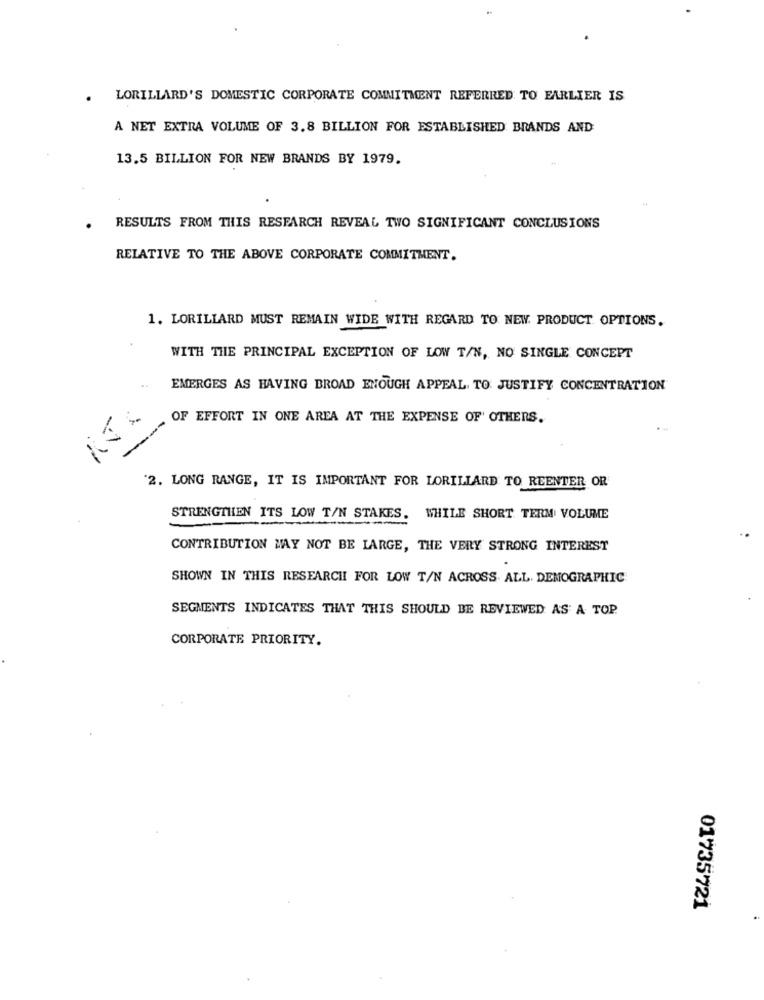
LORILLARD'S DOMESTIC CORPORATE COMMITMENT REFERRED TO EARLIER IS
A NET EXTRA VOLUME OF 3.8 BILLION FOR ESTABLISHED BRANDS AND
13.5 BILLION FOR NEW BRANDS BY 1979.
RESULTS FROM THIS RESEARCH REVEAL TWO SIGNIFICANT CONCLUSIONS
RELATIVE TO THE ABOVE CORPORATE COMMITMENT.
1. LORILLARD MUST REMAIN WIDE WITH REGARD TO NEW. PRODUCT OPTIONS.
WITH THE PRINCIPAL EXCEPTION OF LOW T/N, NO SINGLE CONCEPT
EMERGES AS HAVING BROAD ENOUGH APPEAL. TO JUSTIFY CONCENTRATION
---
OF EFFORT IN ONE AREA AT THE EXPENSE OF' OTHERS.
2. LONG RANGE, IT IS IMPORTANT FOR LORILLARD TO REENTER OR
STRENGTHEN ITS LOW T/N STAKES.
WHILE SHORT TERM VOLUME
CONTRIBUTION MAY NOT BE LARGE, THE VERY STRONG INTEREST
SHOWN IN THIS RESEARCH FOR LOW T/N ACROSS. ALL. DEMOGRAPHIC
SEGMENTS INDICATES THAT THIS SHOULD BE REVIEWED AS A TOP
CORPORATE PRIORITY.
01735721